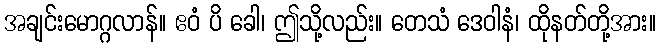
အချင်းမောဂ္ဂလာန်။ ဧဝံ ပိ ခေါ၊ ဤသို့လည်း။ တေသံ ဒေဝါနံ၊ ထိုနတ်တို့အား။